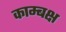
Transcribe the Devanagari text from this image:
काम्बक्ष